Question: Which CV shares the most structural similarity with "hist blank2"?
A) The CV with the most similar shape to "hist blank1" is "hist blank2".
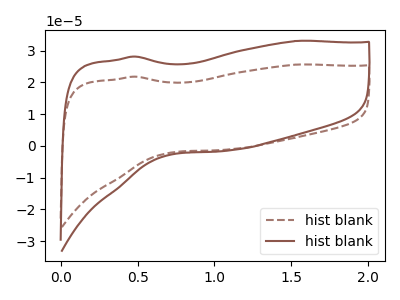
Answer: <think>The brown dashed curve "hist blank1" has no peaks. The brown curve "hist blank2" has no peaks.
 Neither "hist blank1" or "hist blank2" have any peaks.</think>
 <answer>A) The CV with the most similar shape to "hist blank1" is "hist blank2".</answer>
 <eval>A</eval>